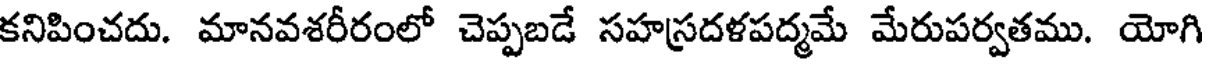
కనిపించదు. మానవశరీరంలో చెప్పబడే సహస్రదళపద్మమే మేరుపర్వతము. యోగి